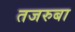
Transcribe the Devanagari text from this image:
तजरुबा